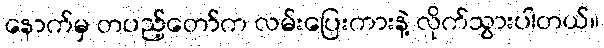
နောက်မှ တပည့်တော်က လမ်းပြေးကားနဲ့ လိုက်သွားပါတယ်။